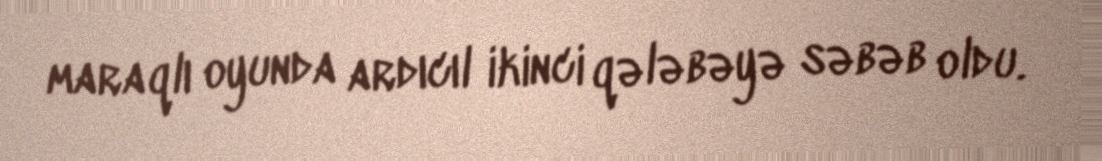
maraqlı oyunda ardıcıl ikinci qələbəyə səbəb oldu.